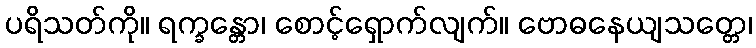
ပရိသတ်ကို။ ရက္ခန္တော၊ စောင့်ရှောက်လျက်။ ဗောဓနေယျသတ္တေ၊